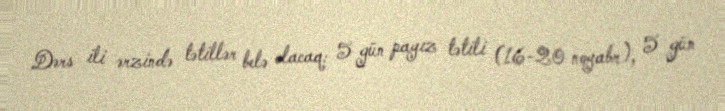
Dərs ili ərzində tətillər belə olacaq: 5 gün payız tətili (16-20 noyabr), 5 gün